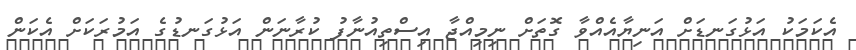
އެކަމަކު އަޅުގަނޑަށް އަނިޔާއެއްވާ ގޮތަށް ނިމިއްޖާ އިސްތިއުނާފު ކުރާނަން އަޅުގަނޑުގެ އަމުރަކަށް އެކަން